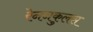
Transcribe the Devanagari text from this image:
रेननकुलस